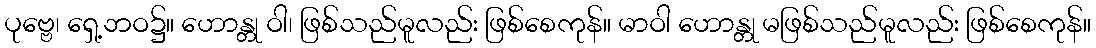
ပုဗ္ဗေ၊ ရှေ့ဘဝ၌။ ဟောန္တု ဝါ၊ ဖြစ်သည်မူလည်း ဖြစ်စေကုန်။ မာဝါ ဟောန္တု မဖြစ်သည်မူလည်း ဖြစ်စေကုန်။